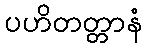
ပဟိတတ္တာနံ